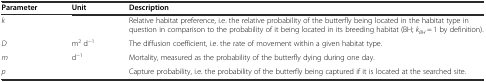
<table><thead><tr><td><b>Parameter</b></td><td><b>Unit</b></td><td><b>Description</b></td></tr></thead><tbody><tr><td><i>k</i></td><td>[EMPTY_CELL]</td><td>Relative habitat preference, i.e. the relative probability of the butterfly being located in the habitat type in question in comparison to the probability of it being located in its breeding habitat (BH; <i>k</i><sub><i>BH</i></sub> = 1 by definition).</td></tr><tr><td><i>D</i></td><td>m<sup>2</sup> d<sup>−1</sup></td><td>The diffusion coefficient, i.e. the rate of movement within a given habitat type.</td></tr><tr><td><i>m</i></td><td>d<sup>−1</sup></td><td>Mortality, measured as the probability of the butterfly dying during one day.</td></tr><tr><td><i>p</i></td><td>[EMPTY_CELL]</td><td>Capture probability, i.e. the probability of the butterfly being captured if it is located at the searched site.</td></tr></tbody></table>